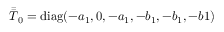
\bar { \bar { T } } _ { 0 } = \mathrm { d i a g } ( - a _ { 1 } , 0 , - a _ { 1 } , - b _ { 1 } , - b _ { 1 } , - b 1 )